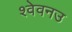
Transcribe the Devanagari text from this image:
श्वेवनउ